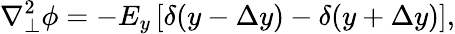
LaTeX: \nabla_{\perp}^{2}\phi=-E_{y}\left[\delta(y-\Delta y)-\delta(y+\Delta y)\right],